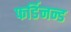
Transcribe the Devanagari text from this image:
फर्डिनन्ड